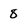
Character: 8